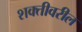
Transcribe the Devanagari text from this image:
शक्तीवरील